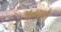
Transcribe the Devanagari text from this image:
अगशे